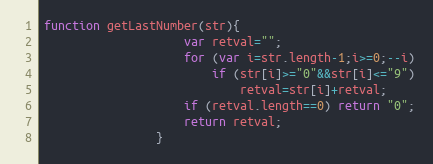
Language: JavaScript
function getLastNumber(str){
					var retval="";
					for (var i=str.length-1;i>=0;--i)
						if (str[i]>="0"&&str[i]<="9")
							retval=str[i]+retval;
					if (retval.length==0) return "0";
					return retval;
				}